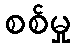
စစ်မှု